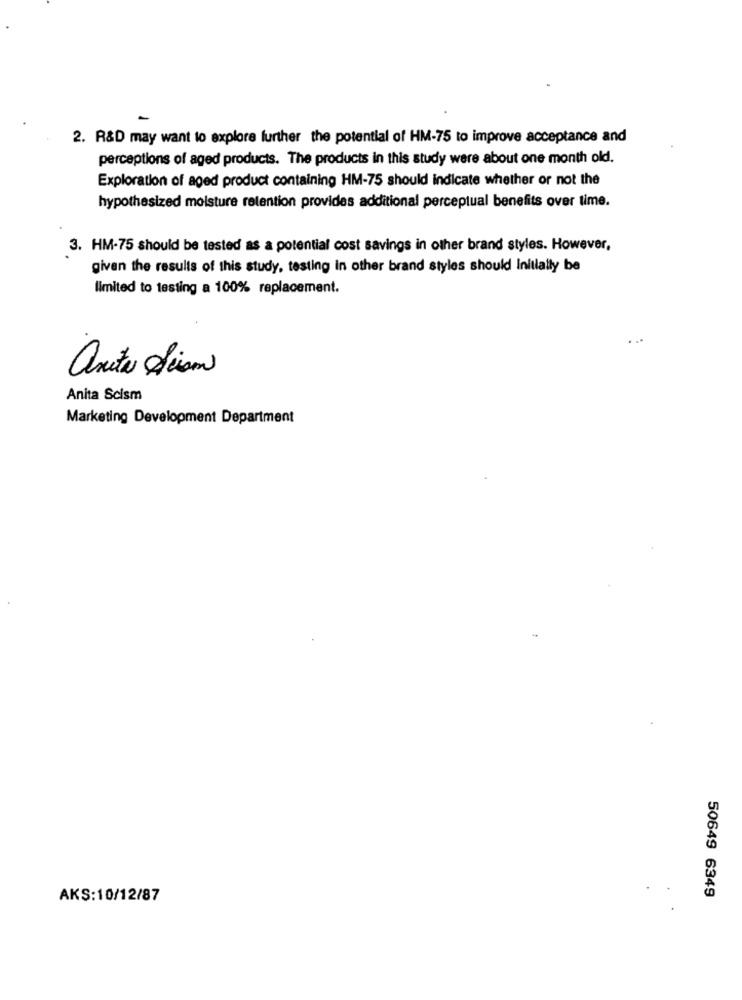
2. R&D may want to explore further the potential of HM-75 to improve acceptance and
perceptions of aged products. The products in this study were about one month old.
Exploration of aged product containing HM-75 should indicate whether or not the
hypothesized moisture retention provides additional perceptual benefits over time.
3. HM-75 should be tested as a potential cost savings in other brand styles. However,
given the results of this study, testing in other brand styles should Initially be
limited to testing a 100% replacement.
. S
anita diam
Anita Scism
Marketing Development Department
50649 6349
AKS:10/12/87